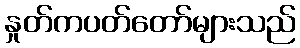
နှုတ်ကပတ်တော်များသည်